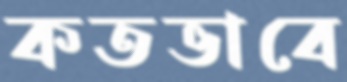
কতভাবে